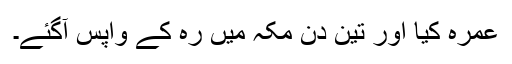
عمرہ کیا اور تین دن مکہ میں رہ کے واپس آگئے۔